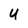
Character: U